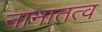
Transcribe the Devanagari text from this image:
नानातत्व